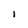
Character: I